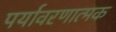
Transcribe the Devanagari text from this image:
पर्यावरणात्मक